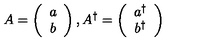
A = \left( \begin{array} { c } { a } \\ { b } \\ \end{array} \right) , A ^ { \dagger } = \left( \begin{array} { c } { a ^ { \dagger } } \\ { b ^ { \dagger } } \\ \end{array} \right)